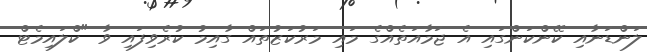
ލަންޑަނާއި ކޭންކަންގައި އެ ޖަމާއަތެއްގެ މައި މަރުކަޒުތައް ގާއިމު ކުރެވިފައި ވާ "ކްލައިމެޓް